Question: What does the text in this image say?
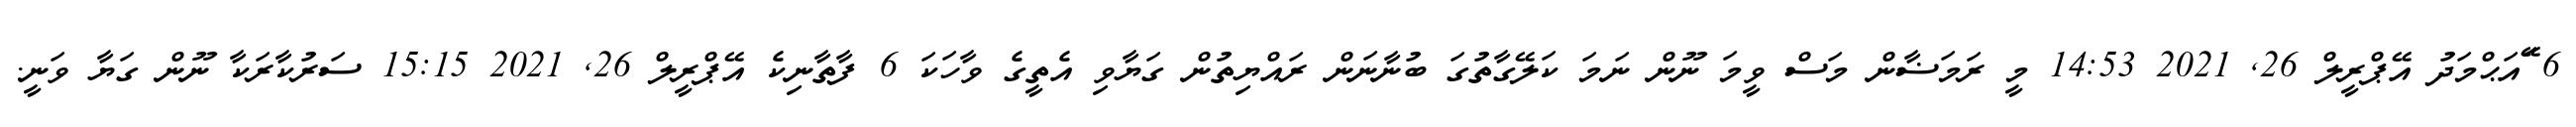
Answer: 6 ޭައަޙްމަދު އޭޕްރީލް 26, 2021 14:53 މީ ރަމަޟާން މަސް ވީމަ ނޫން ނަމަ ކަލޭގާތުގަ ބުނާނަން ރައްޔިތުން ގަޔާވި އެތީގެ ވާހަކަ 6 ފާތާނިކެ އޭޕްރީލް 26, 2021 15:15 ސަރުކާރަކާ ނޫން ގަޔާ ވަނީ.